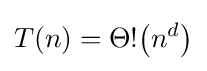
T(n)=\Theta !{\bigl (}n^{d}{\bigr )}